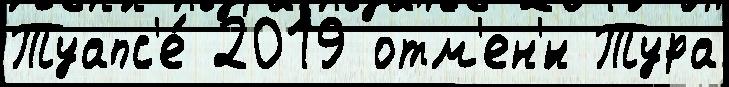
Туапс'е́ 2019 отм'ен'́н Тура